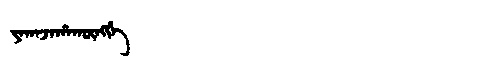
Manchu: ᠶᠠᡴᠠᠵᠠᡥᠠᡴᡡᠩᡤᡝ
Romanization: YAKAJAHAKŪNGGE